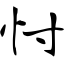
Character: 忖